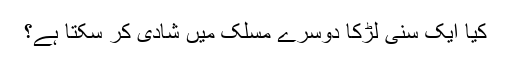
کیا ایک سنی لڑکا دوسرے مسلک میں شادی کر سکتا ہے؟